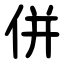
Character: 併